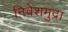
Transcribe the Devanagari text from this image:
निवेशमुद्रा